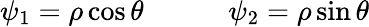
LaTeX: \psi_{1}=\rho\cos\theta\qquad\quad\psi_{2}=\rho\sin\theta